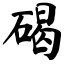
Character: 碣